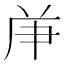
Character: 𠩖